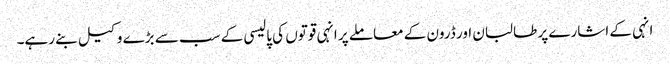
انہی کے اشارے پر طالبان اور ڈرون کے معاملے پر انہی قوتوں کی پالیسی کے سب سے بڑے وکیل بنے رہے۔